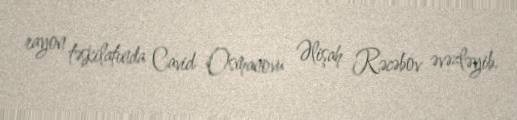
rayon təşkilatında Cavid Osmanovu Əlişah Rəcəbov əvəzləyib.